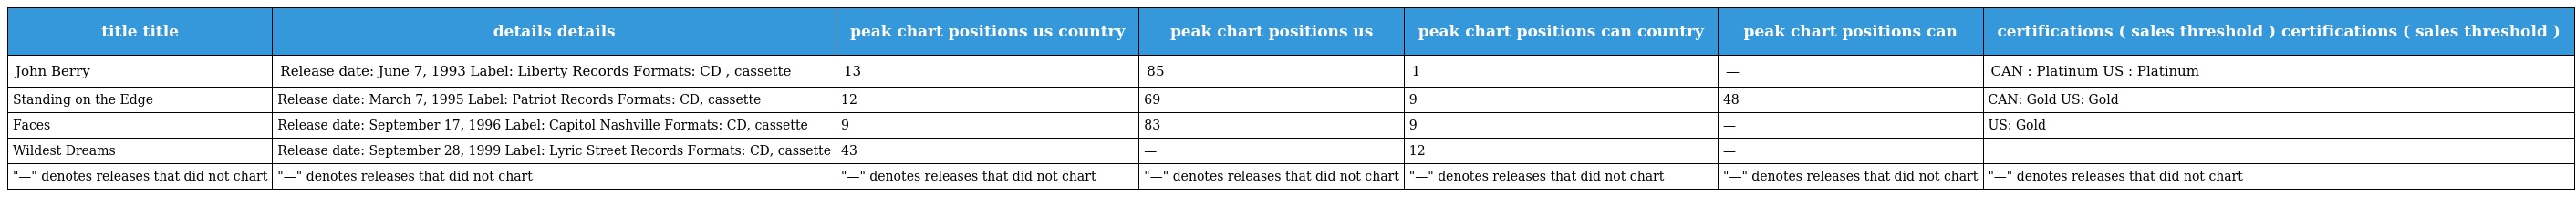
| title title | details details | peak chart positions us country | peak chart positions us | peak chart positions can country | peak chart positions can | certifications ( sales threshold ) certifications ( sales threshold ) |
 | --- | --- | --- | --- | --- | --- | --- |
 | John Berry | Release date: June 7, 1993 Label: Liberty Records Formats: CD , cassette | 13 | 85 | 1 | — | CAN : Platinum US : Platinum |
 | Standing on the Edge | Release date: March 7, 1995 Label: Patriot Records Formats: CD, cassette | 12 | 69 | 9 | 48 | CAN: Gold US: Gold |
 | Faces | Release date: September 17, 1996 Label: Capitol Nashville Formats: CD, cassette | 9 | 83 | 9 | — | US: Gold |
 | Wildest Dreams | Release date: September 28, 1999 Label: Lyric Street Records Formats: CD, cassette | 43 | — | 12 | — |  |
 | "—" denotes releases that did not chart | "—" denotes releases that did not chart | "—" denotes releases that did not chart | "—" denotes releases that did not chart | "—" denotes releases that did not chart | "—" denotes releases that did not chart | "—" denotes releases that did not chart |